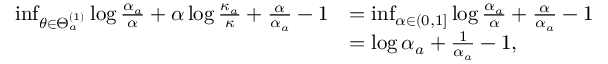
\begin{array} { r l } { \operatorname* { i n f } _ { \theta \in \Theta _ { a } ^ { ( 1 ) } } \log \frac { \alpha _ { a } } { \alpha } + \alpha \log \frac { \kappa _ { a } } { \kappa } + \frac { \alpha } { \alpha _ { a } } - 1 } & { = \operatorname* { i n f } _ { \alpha \in ( 0 , 1 ] } \log \frac { \alpha _ { a } } { \alpha } + \frac { \alpha } { \alpha _ { a } } - 1 } \\ & { = \log \alpha _ { a } + \frac { 1 } { \alpha _ { a } } - 1 , } \end{array}